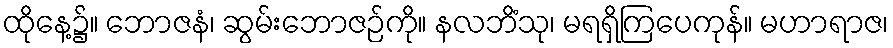
ထိုနေ့၌။ ဘောဇနံ၊ ဆွမ်းဘောဇဉ်ကို။ နလဘိံသု၊ မရရှိကြပေကုန်။ မဟာရာဇ၊